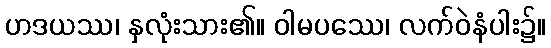
ဟဒယဿ၊ နှလုံးသား၏။ ဝါမပဿေ၊ လက်ဝဲနံပါး၌။